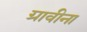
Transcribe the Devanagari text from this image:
ग्रावीना